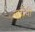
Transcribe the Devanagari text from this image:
नारीची